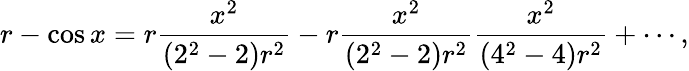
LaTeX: r-\cos x=r{\frac{x^{2}}{(2^{2}-2)r^{2}}}-r{\frac{x^{2}}{(2^{2}-2)r^{2}}}{\frac{x^{2}}{(4^{2}-4)r^{2}}}+\cdots,